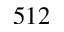
5 1 2